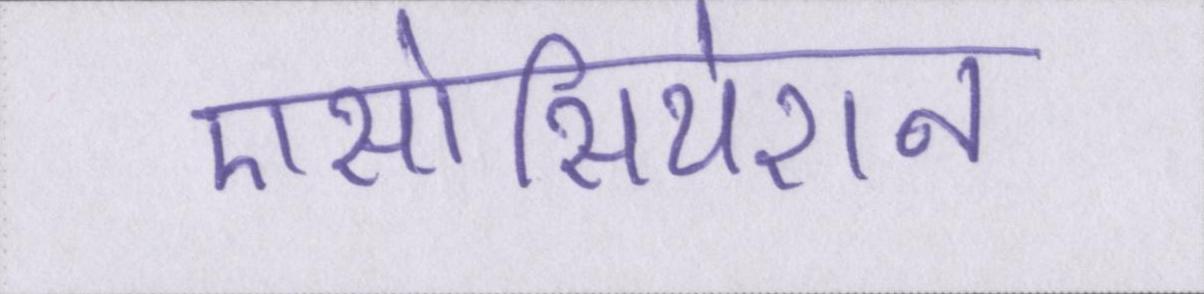
एसोसियेशन